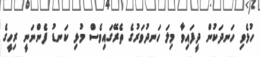
ހުޅެވި ހަނދަކުން ދީފައިވާ މިލަ ހަނދުވަރުގެ ތެރޭގައިވެސް މުޅި ކަނޑު ފެންނަނީ ރިހީގެ